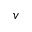
v